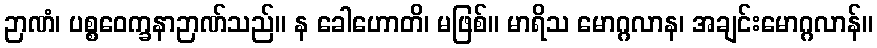
ဉာဏံ၊ ပစ္စဝေက္ခနာဉာဏ်သည်။ န ခေါဟောတိ၊ မဖြစ်။ မာရိသ မောဂ္ဂလာန၊ အချင်းမောဂ္ဂလာန်။